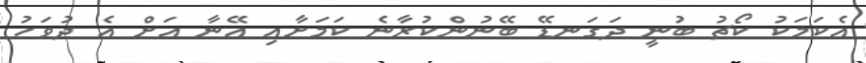
އެކަމަކު ކޯޗު ބުނީ ދަގަނޑޭ ބޭނުންކުރާނެ ކަމަށާއި އޭނާ އަށް އެ ދުވަހު